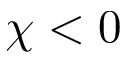
\chi < 0